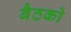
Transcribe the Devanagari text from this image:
बैठको